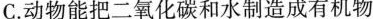
C.动物能把二氧化碳和水制造成有机物